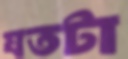
যতটা